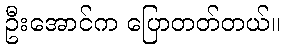
ဦးအောင်က ပြောတတ်တယ်။